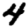
Digit: 4